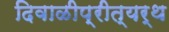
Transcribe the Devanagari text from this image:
दिवाळीप्रीत्यर्थ